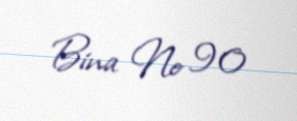
Bina № 90